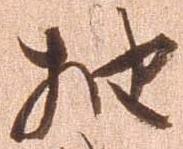
抽